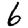
Digit: 6